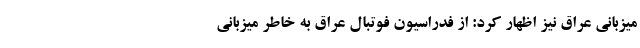
میزبانی عراق نیز اظهار کرد: از فدراسیون فوتبال عراق به خاطر میزبانی